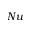
N u